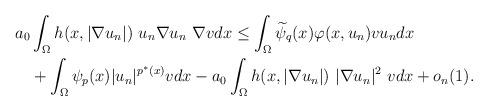
LaTeX: \begin{align*} a_{0}&\int_{\Omega} h(x,|\nabla u_{n}|) \ u_{n} \nabla u_{n} \ \nabla v dx\leq\int_{\Omega}\widetilde{ \psi}_{q}(x)\varphi(x,u_{n})v u_{n}dx\\ &+\int_{\Omega} \psi_{p}(x)| u_{n}|^{p^{\ast}(x)}v dx-a_{0}\int_{\Omega} h(x,|\nabla u_{n}|) \ |\nabla u_{n}|^{2} \ v dx+o_{n}(1). \end{align*}